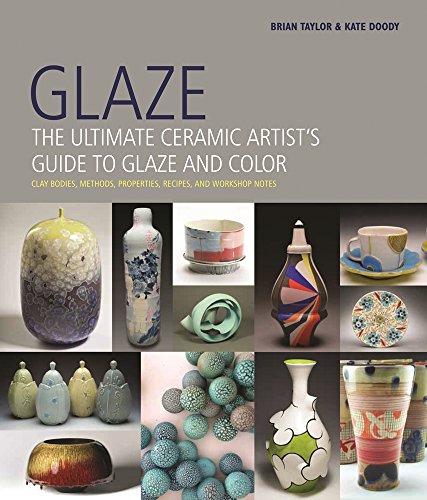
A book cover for Glaze: The Ultimate Ceramic Artist's Guide to Glaze and Color; Brian Taylor; Engineering & Transportation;